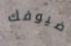
ضيوفك